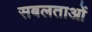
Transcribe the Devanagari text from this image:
सबलताओं